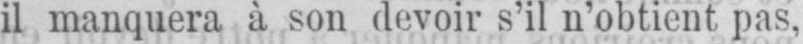
il manquera à son devoir s’il n’obtient pas,